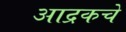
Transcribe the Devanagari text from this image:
आद्रकचे